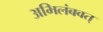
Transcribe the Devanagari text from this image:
अभिलंबवत्